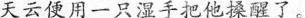
天云便用一只湿手把他搡醒了。